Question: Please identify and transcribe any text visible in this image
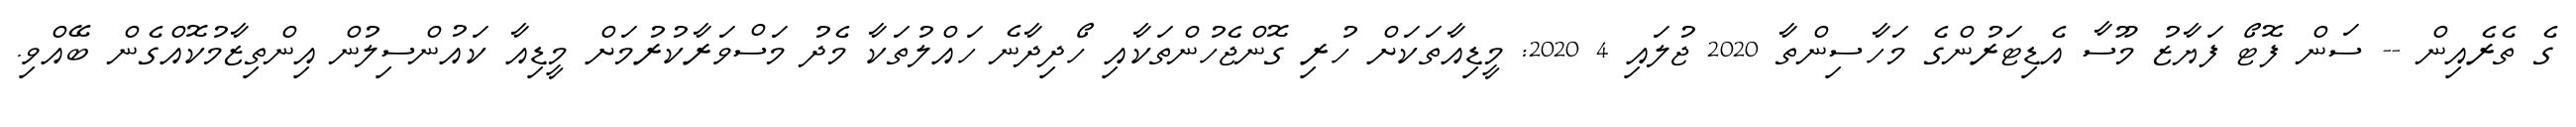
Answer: ގެ ތެރެއިން -- ސަން ފޮޓޯ ފަޔާޒު މޫސާ އެޑިޓަރުންގެ މަހާސިންތާ 2020 ޖުލައި 4 2020: މީޑިއާތަކަށް ހުރި ގޮންޖެހުންތަކާއި ހޯދިދާނެ ހައްލުތަކާ މެދު މަސްވަރާކުރުމަށް މީޑިއާ ކައުންސިލުން އިންތިޒާމުކޮއްގެން ބޭއްވި.